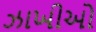
ઝાખીઓ